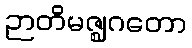
ဉာတိမဇ္ဈဂတော